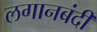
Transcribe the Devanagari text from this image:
लगानबंदी